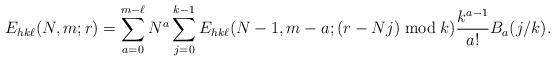
LaTeX: \begin{align*} E_{hk\ell}(N,m;r) = \sum_{a=0}^{m-\ell} N^a \sum_{j=0}^{k-1} E_{hk\ell}(N-1,m-a;(r-N j) \bmod k ) \frac{k^{a-1} }{a!} B_a(j/k).\end{align*}